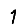
Digit: 1